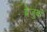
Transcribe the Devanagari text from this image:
बेजुबां